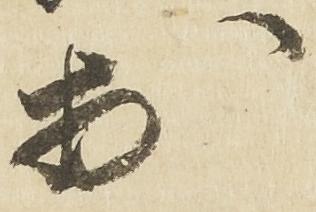
於